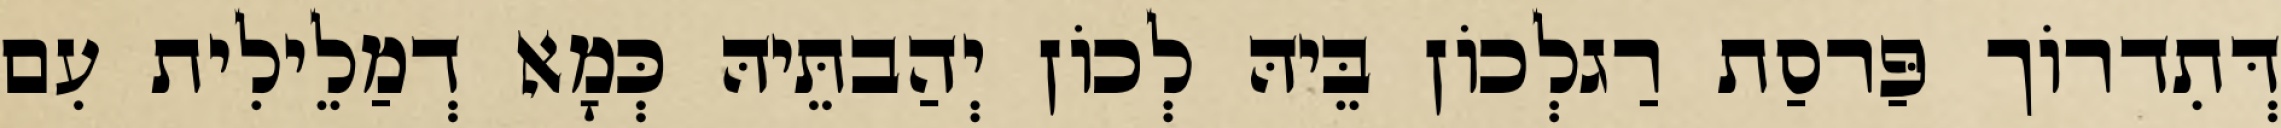
דְּתִדרוֹך פַּרסַת רַגלְכוֹן בֵּיהּ לְכוֹן יְהַבתֵּיהּ כְּמָא דְמַלֵילִית עִם